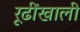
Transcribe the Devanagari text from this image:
रूढींखाली